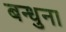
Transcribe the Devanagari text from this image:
बन्धुना